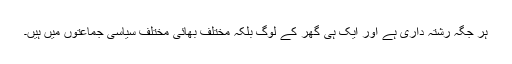
ہر جگہ رشتہ داری ہے اور ایک ہی گھر کے لوگ بلکہ مختلف بھائی مختلف سیاسی جماعتوں میں ہیں۔